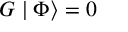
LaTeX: { \cal G } \mid \Phi \rangle = 0